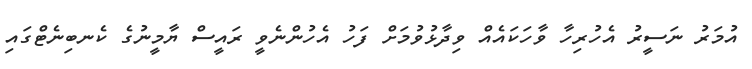
އުމަރު ނަސީރު އެހުރިހާ ވާހަކައެއް ވިދާޅުވުމަށް ފަހު އެހުންނެވީ ރައީސް ޔާމީނުގެ ކެނބިނެޓްގައި